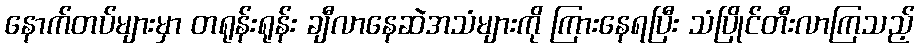
နောက်တပ်များမှာ တရုန်းရုန်း ချီလာနေဆဲအသံများကို ကြားနေရပြီး သံပြိုင်တီးလာကြသည့်